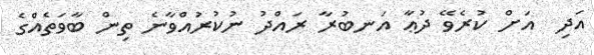
އަދި  އަށް ކުރެވޭ ދުޢާ އަނބުރާ ރައްދު ނުކުރުއްވާނެ ތިން ބާވަތެއްގެ